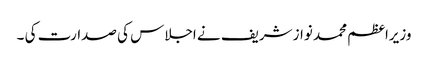
وزیراعظم محمد نواز شریف نے اجلاس کی صدارت کی ۔